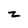
Character: z